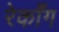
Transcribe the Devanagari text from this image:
रेकाँग